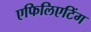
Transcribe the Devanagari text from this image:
एफिलिएटिंग